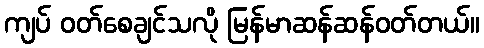
ကျပ် ဝတ်စေချင်သလို မြန်မာဆန်ဆန်ဝတ်တယ်။